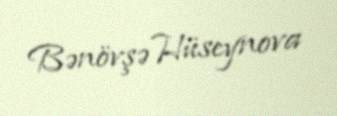
Bənövşə Hüseynova